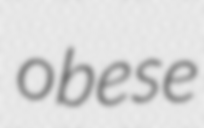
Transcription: obese